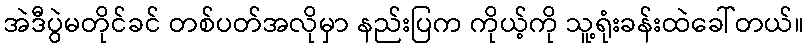
အဲဒီပွဲမတိုင်ခင် တစ်ပတ်အလိုမှာ နည်းပြက ကိုယ့်ကို သူ့ရုံးခန်းထဲခေါ်တယ်။